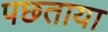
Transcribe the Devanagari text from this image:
पछताया